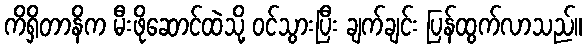
ကိရှိတာနိက မီးဖိုဆောင်ထဲသို့ ဝင်သွားပြီး ချက်ချင်း ပြန်ထွက်လာသည်။